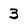
Character: 3